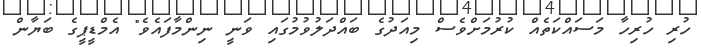
ހުރި ހުރިހާ މަސައްކަތެއް ކުރުމަށްވެސް މިއަދުގެ ބައްދަލުވުމުގައި ވަނީ ނިންމާފައެވެ" އެމްޑީޕީގެ ބަޔާން